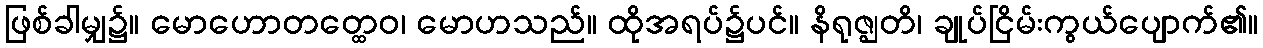
ဖြစ်ခါမျှ၌။ မောဟောတတ္ထေဝ၊ မောဟသည်။ ထိုအရပ်၌ပင်။ နိရုဇ္ဈတိ၊ ချုပ်ငြိမ်းကွယ်ပျောက်၏။